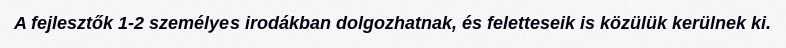
A fejlesztők 1-2 személyes irodákban dolgozhatnak, és feletteseik is közülük kerülnek ki.